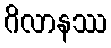
ဂိလာနဿ